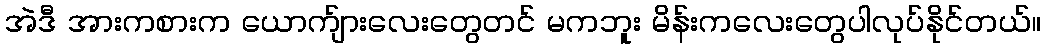
အဲဒီ အားကစားက ယောက်ျားလေးတွေတင် မကဘူး မိန်းကလေးတွေပါလုပ်နိုင်တယ်။